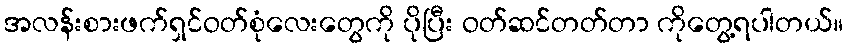
အလန်းစားဖက်ရှင်ဝတ်စုံလေးတွေကို ပိုပြီး ဝတ်ဆင်တတ်တာ ကိုတွေ့ရပါတယ်။